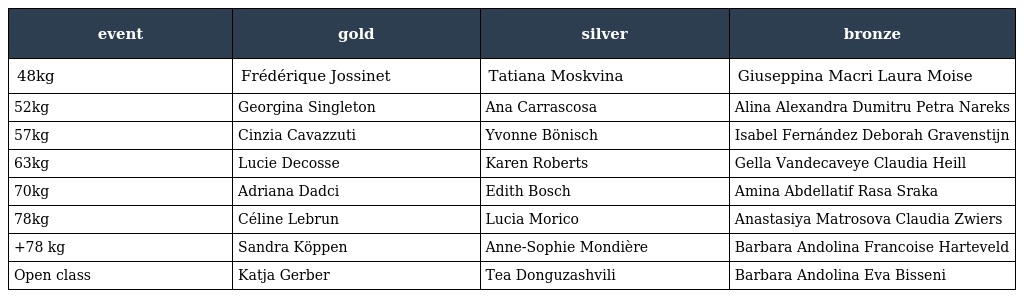
| event | gold | silver | bronze |
 | --- | --- | --- | --- |
 | 48kg | Frédérique Jossinet | Tatiana Moskvina | Giuseppina Macri Laura Moise |
 | 52kg | Georgina Singleton | Ana Carrascosa | Alina Alexandra Dumitru Petra Nareks |
 | 57kg | Cinzia Cavazzuti | Yvonne Bönisch | Isabel Fernández Deborah Gravenstijn |
 | 63kg | Lucie Decosse | Karen Roberts | Gella Vandecaveye Claudia Heill |
 | 70kg | Adriana Dadci | Edith Bosch | Amina Abdellatif Rasa Sraka |
 | 78kg | Céline Lebrun | Lucia Morico | Anastasiya Matrosova Claudia Zwiers |
 | +78 kg | Sandra Köppen | Anne-Sophie Mondière | Barbara Andolina Francoise Harteveld |
 | Open class | Katja Gerber | Tea Donguzashvili | Barbara Andolina Eva Bisseni |